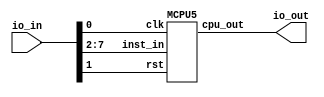
// This program was cloned from: https://github.com/sarfrazenator/Sarfraz_TinyTapeout
// License: Apache License 2.0


`default_nettype none

module user_module_341528610027340372(
  input [7:0] io_in,
  output [7:0] io_out
);

MCPU5 MCPU5_top (
  .clk(io_in[0]),
  .rst(io_in[1]),
  .inst_in(io_in[7:2]),
  .cpu_out(io_out[7:0])
);

endmodule


module MCPU5(inst_in,cpu_out,rst,clk);

input [5:0] inst_in;
output [7:0] cpu_out;
input rst;
input clk;

localparam OP_BCC  = 2'b00;      //00IIII
localparam OP_STA  = 3'b101;     //101RRR
localparam OP_JMPA = 6'b111010;  //111010

reg [8:0] accu; // accu(6) is carry !
reg [7:0] pc;
reg [7:0] regfile [0:8];
reg iflag;
integer i;

initial begin
end
    //handle register file writes (STA)
    always @(*)
        if ((inst_in[5:3] == OP_STA) && ~rst && ~clk)
            regfile[inst_in[2:0]] <= accu;

	always @(posedge clk)
		if (rst) begin
			accu <= 0;	
			pc <= 0;
            iflag <= 0;
		end
		else begin

            if ((inst_in[5:4] == OP_BCC) && ~accu[8])            // conditional branch (BCC)            
                pc <= pc + {{4{inst_in[3]}}, inst_in[3:0]};  
            else if (inst_in == OP_JMPA)                        // JMPA
                pc <= accu[7:0];
            else
                pc <= pc + 1'b1;
                       
            // ALU path + carry flag
            casex(inst_in)
                6'b00????: accu[8]   <= 1'b0;                                                                     // BCC #imm4
                6'b01????: accu[7:0] <= iflag ? { inst_in[3:0], accu[3:0]}: {{4{inst_in[3]}}, inst_in[3:0]}  ;    // LDI #simm4
                6'b100???: accu[8:0] <= {1'b0,regfile[inst_in[2:0]]} + {1'b0,accu[7:0]};                          // ADD reg8
                6'b101???: ;                                                                                      // STA reg8
                6'b110???: accu[7:0] <= regfile[inst_in[2:0]];                                                    // LDA reg8
                6'b11100?: accu[7:0] <= ~accu[7:0] + inst_in[0];                                                  // NEG / NOT
                6'b111010: ;                                                                                      // JMP A
                6'b111011: ;                                                                                      // OUT
                6'b1111??: ;                                                                                      // Free imm2
            endcase

            // Flags
            casex(inst_in)
                6'b01????: iflag <= 1'b1;           // LDI #simm4
                default:   iflag <= 1'b0;           // all others
            endcase		
        end

assign cpu_out = clk ? {pc[7:0]} :  accu[7:0] ; 

endmodule